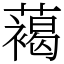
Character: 䕣